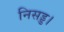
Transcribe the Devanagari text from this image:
निसड्ड।